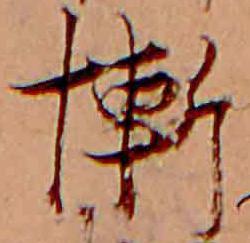
慚